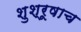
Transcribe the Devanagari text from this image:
शुश्रूषाच